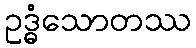
ဥဒ္ဓံသောတဿ